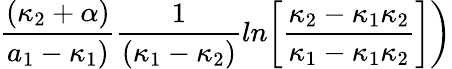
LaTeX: {\frac{(\kappa_{2}+\alpha)}{a_{1}-\kappa_{1})}}{\frac{1}{(\kappa_{1}-\kappa_{2})}}ln\biggl[{\frac{\kappa_{2}-\kappa_{1}\kappa_{2}}{\kappa_{1}-\kappa_{1}\kappa_{2}}}\biggr]\biggr)